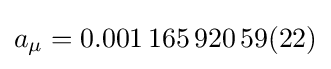
a_{\mu }=0.001\,165\,920\,59(22)